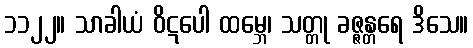
၁၁၂၂။ သာခါယံ ဝိဋပေါ ထမ္ဘေ၊ သတ္တု ခဇ္ဇန္တရေ ဒိသေ။